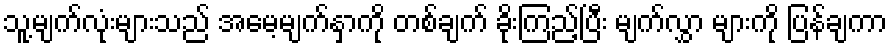
သူ့မျက်လုံးများသည် အမေ့မျက်နှာကို တစ်ချက် ခိုးကြည့်ပြီး မျက်လွှာ များကို ပြန်ချကာ